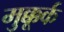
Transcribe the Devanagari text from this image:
मुक्कूर्क